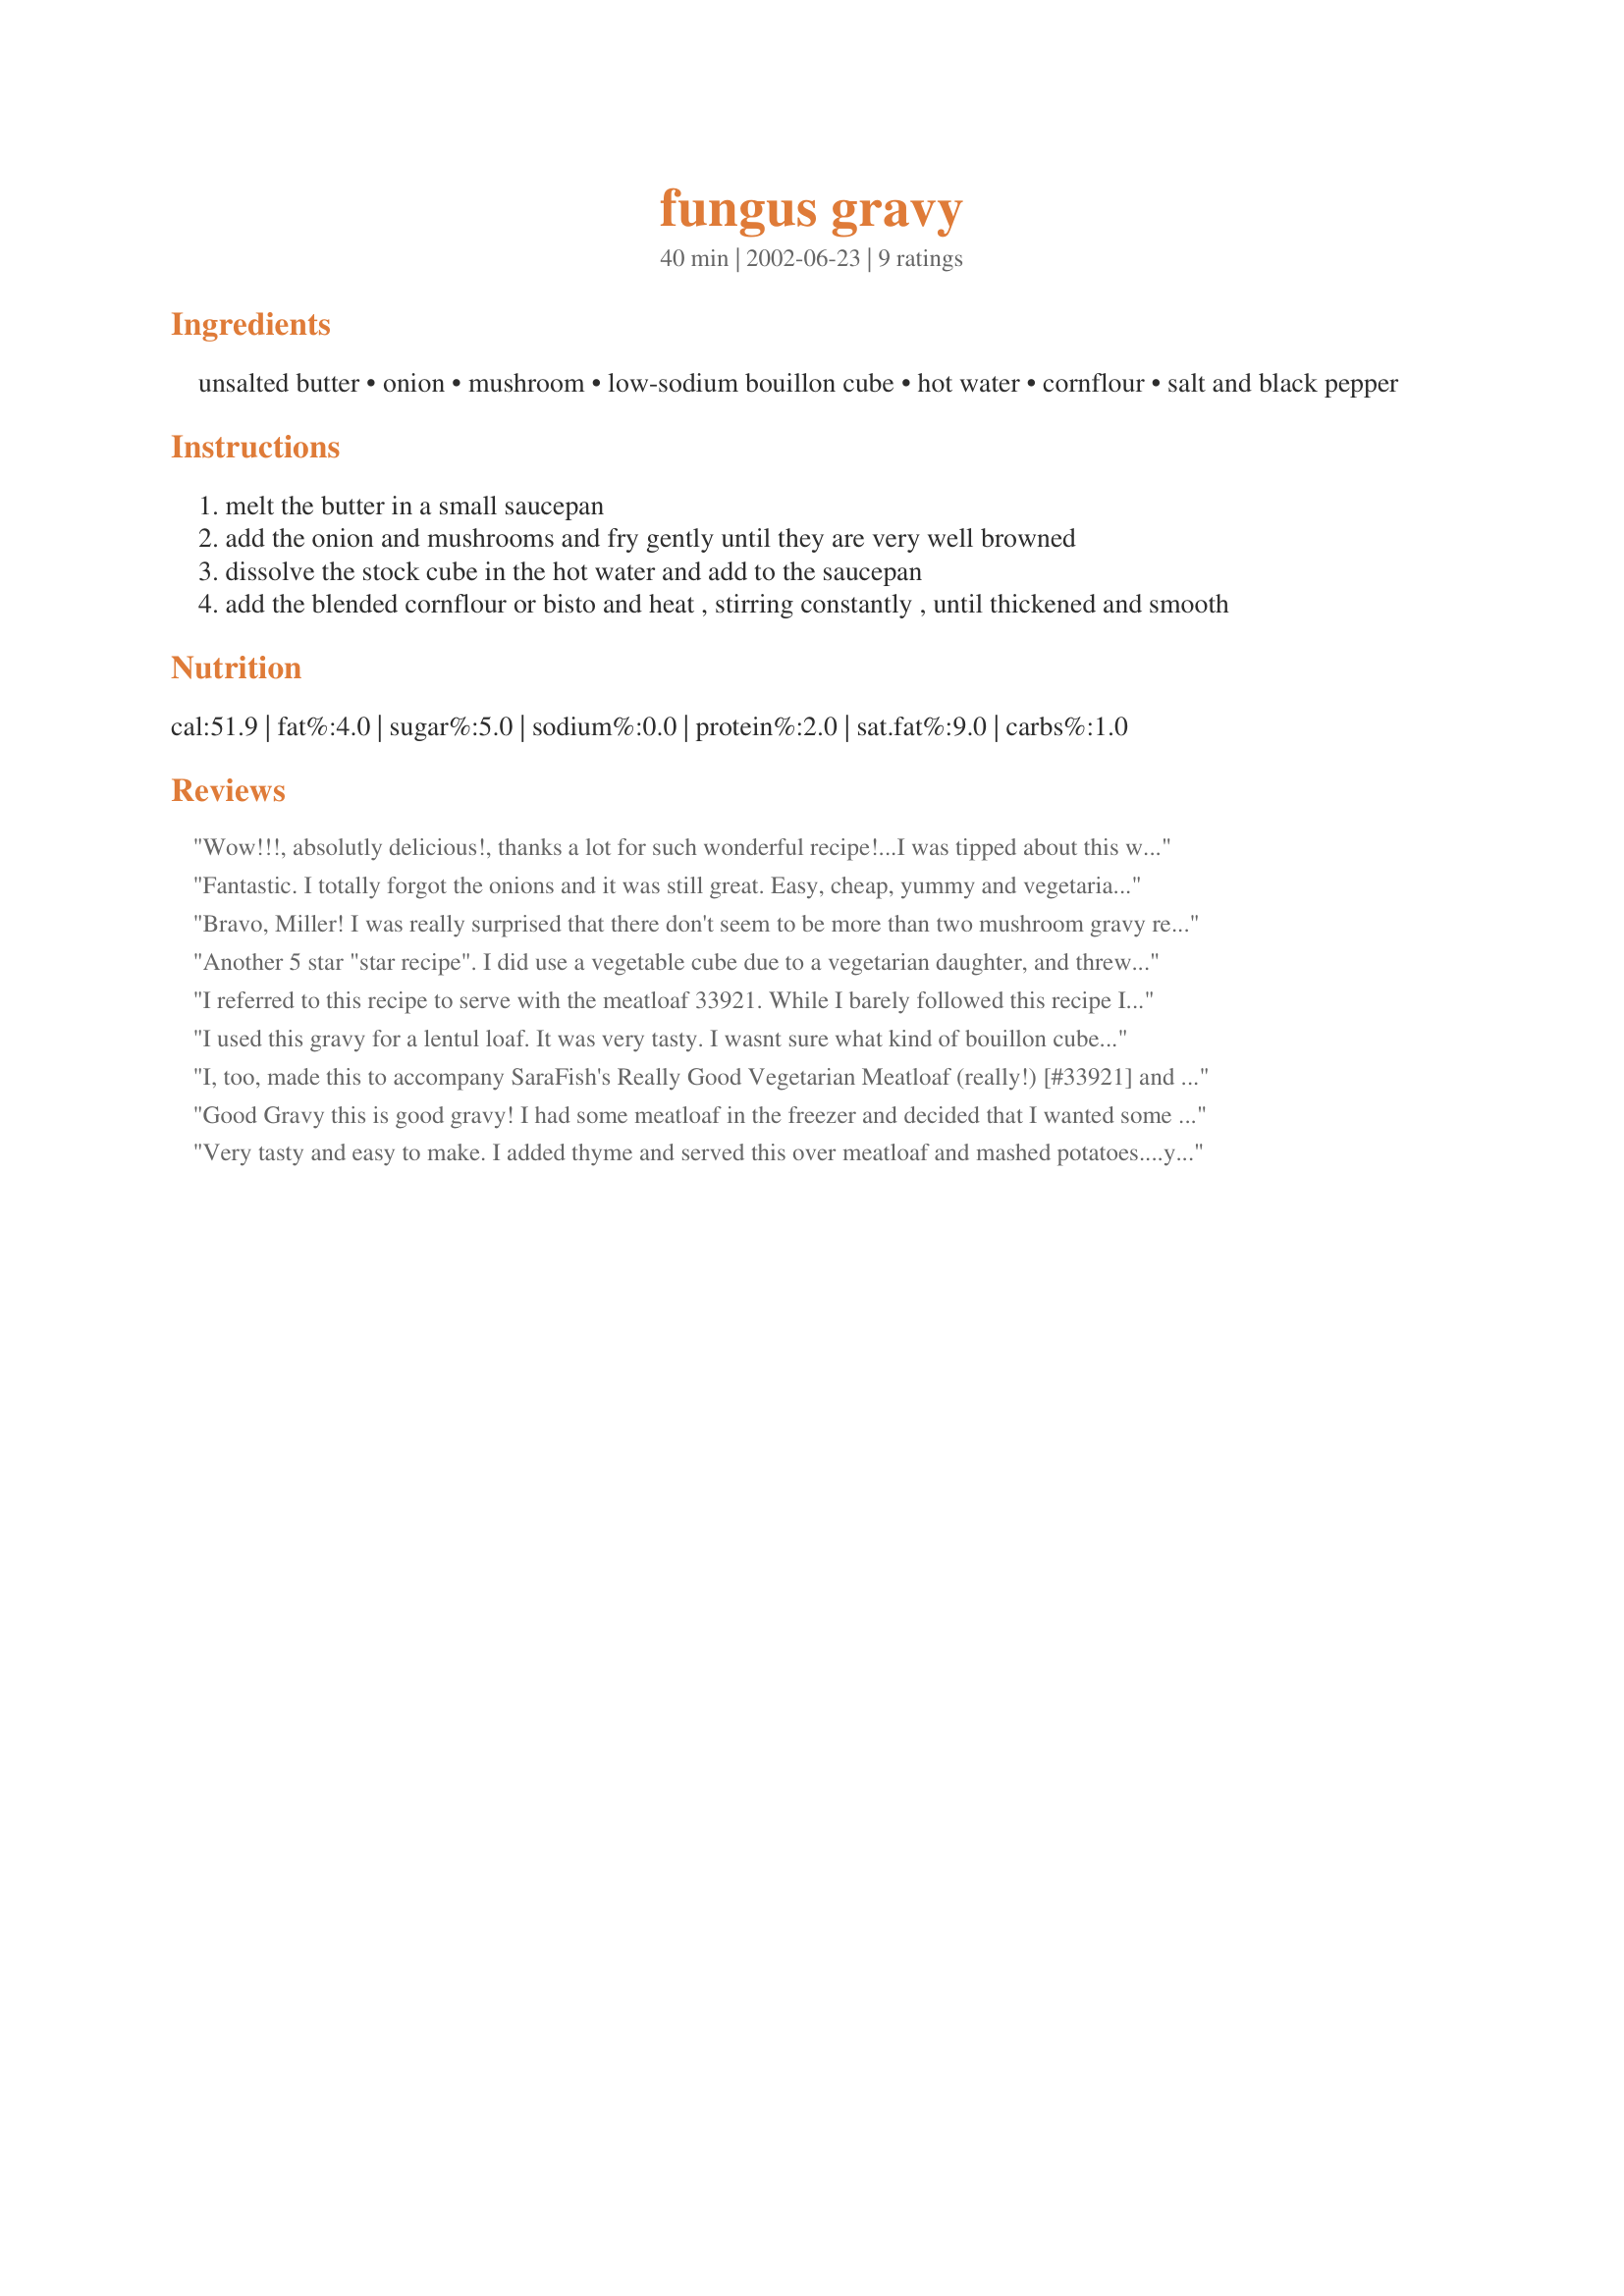
fungus gravy
Preparation time: 40 minutes

Ingredients:
unsalted butter, onion, mushroom, low-sodium bouillon cube, hot water, cornflour, salt and black pepper

Steps:
melt the butter in a small saucepan
add the onion and mushrooms and fry gently until they are very well browned
dissolve the stock cube in the hot water and add to the saucepan
add the blended cornflour or bisto and heat , stirring constantly , until thickened and smooth

Reviews:
Wow!!!, absolutly delicious!, thanks a lot for such wonderful recipe!...I was tipped about this wonder in one of the reviews of SaraFish's Really Good Vegetarian Meatloaf (really!) [#33921]
Is amazing!.Alredy in my favs.Greets :D
Fantastic. I totally forgot the onions and it was still great. Easy, cheap, yummy and vegetarian. What else could I ask for? I served this over a vegi-meat loaf and red mashed potatoes. Thank you!
Bravo, Miller! I was really surprised that there don't seem to be more than two mushroom gravy recipes here on 'Zaar. I chose yours, and am glad I did. Very simple and very tasty. I used beef Better Than Boullion and served this over SaraFish's Really Good Vegetarian Meatloaf (really!) [#33921] and it was a great, healthy meal. I added about just shy of a tablespoon of sour cream to this because I was wanting a more creamy/milky texture and it was perfect. I also added a pinch of thyme because thyme and mushrooms are the tastiest combo I know of. Funny recipe title. As I was cooking this my boyfriend started calling from the bedroom, "Mmmm! Something smells GOOD!" It tasted as good as it smelled. Thanks for posting this; We really enjoyed it.
Another 5 star "star recipe". I did use a vegetable cube due to a vegetarian daughter, and threw in a few more mushrooms-we had this for the gravy portion of "fries and Gravy" for Canada Day. This would be excellent for a baked or twice baked potato topping.
I referred to this recipe to serve with the meatloaf 33921. While I barely followed this recipe I felt it required a review. I had a tiny bit of some onion. garlic and celery and concentrated chick stock left in the pan from the meatloaf in which I fried the mushroom, then added red wine. more chicken stock, salt and pepper and instead of the cornflour I used arrowroot as directed.
I used this gravy for a lentul loaf. It was very tasty. I wasnt sure what kind of bouillon cube was recommended so I used a beef cube. Thanks for the recipe.
I, too, made this to accompany SaraFish's Really Good Vegetarian Meatloaf (really!) [#33921] and they were perfect together. Bisto is available here Manhattan and I used Better Than Bouillon Mushroom Base. What was leftover lost its thickness, so a bit of cornflour or cornstarch could be added during preparation if Bisto is used.
Thanks for sharing, Mille!
Good Gravy this is good gravy! I had some meatloaf in the freezer and decided that I wanted some gravy with it - SSSsOoooo I picked this recipe. Miller I am sorry to confess I did not use onions because the meatloaf had lots of them in it - Forgive me? It was super gravy even with out the onions. Thanks Miller made my dinner I fork mashed it with my spuds too!
Very tasty and easy to make. I added thyme and served this over meatloaf and mashed potatoes....yum!!
